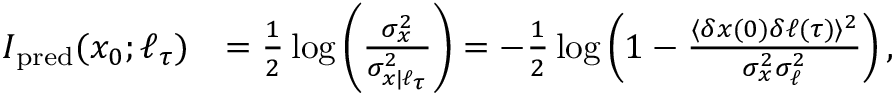
\begin{array} { r l } { I _ { \mathrm { p r e d } } ( x _ { 0 } ; \ell _ { \tau } ) } & { = \frac { 1 } { 2 } \log \left( \frac { \sigma _ { x } ^ { 2 } } { \sigma _ { x | \ell _ { \tau } } ^ { 2 } } \right) = - \frac { 1 } { 2 } \log \left( 1 - \frac { \langle \delta x ( 0 ) \delta \ell ( \tau ) \rangle ^ { 2 } } { \sigma _ { x } ^ { 2 } \sigma _ { \ell } ^ { 2 } } \right) , } \end{array}